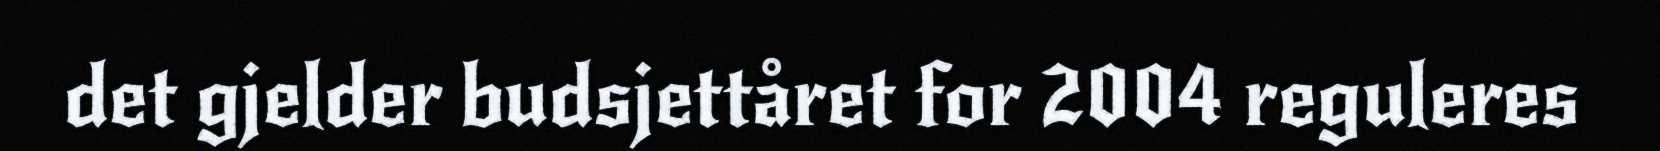
det gjelder budsjettåret for 2004 reguleres